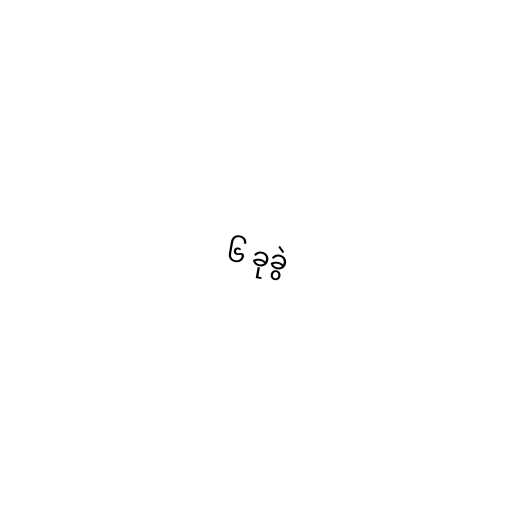
၆ ခုခွဲ